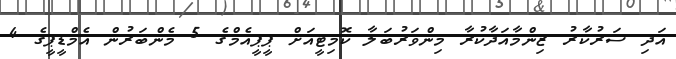
އަދި ސަރުކާރު ޒިންމާއަދާކުރާ މިންވަރުބަލާ ކޮމިޓީއަށް ޕީޕީއެމްގެ 5 މެންބަރުން އެމްޑީޕީގެ 4